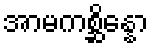
အာမကစ္ဆိန္နော